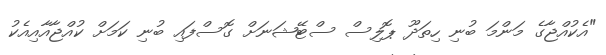
"އެކުއްޖާގެ މަންމަ ބުނި ހިތަދޫ ޕޮލިސް ސްޓޭޝަނަށް ގޮސްފައި ބުނި ކަމަށް ކުއްޖާއާއިއެކު